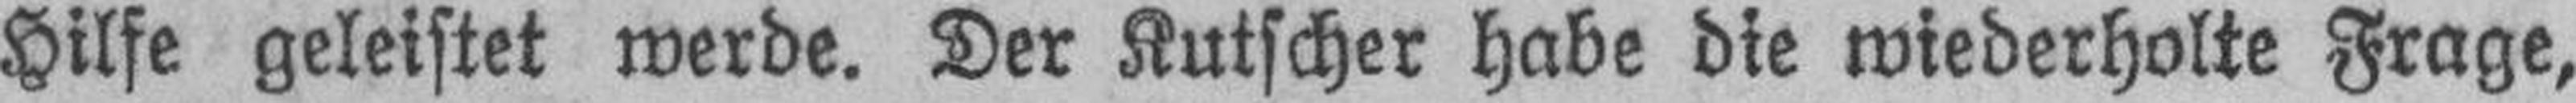
Hilfe geleistet werde. Der Kutscher habe die wiederholte Frage,